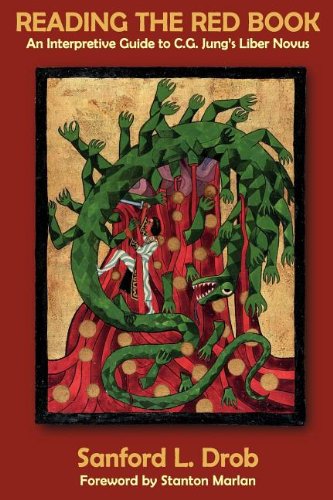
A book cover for Reading The Red Book: An Interpretive Guide to C.G. Jung's Liber Novus; Sanford L. Drob; Medical Books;